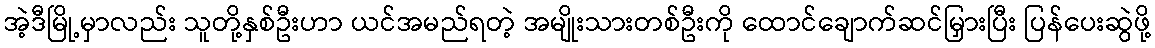
အဲ့ဒီမြို့မှာလည်း သူတို့နှစ်ဦးဟာ ယင်အမည်ရတဲ့ အမျိုးသားတစ်ဦးကို ထောင်ချောက်ဆင်မြှားပြီး ပြန်ပေးဆွဲဖို့